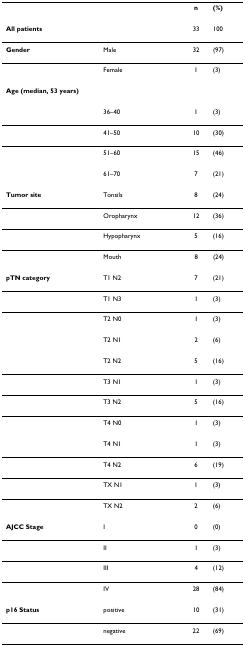
|  |  | n | (%) |
 | --- | --- | --- | --- |
 | All patients |  | 33 | 100 |
 | Gender | Male | 32 | (97) |
 |  | Female | 1 | (3) |
 | <COLSPAN=4> Age (median, 53 years) |
 |  | 36–40 | 1 | (3) |
 |  | 41–50 | 10 | (30) |
 |  | 51–60 | 15 | (46) |
 |  | 61–70 | 7 | (21) |
 | Tumor site | Tonsils | 8 | (24) |
 |  | Oropharynx | 12 | (36) |
 |  | Hypopharynx | 5 | (16) |
 |  | Mouth | 8 | (24) |
 | pTN category | T1 N2 | 7 | (21) |
 |  | T1 N3 | 1 | (3) |
 |  | T2 N0 | 1 | (3) |
 |  | T2 N1 | 2 | (6) |
 |  | T2 N2 | 5 | (16) |
 |  | T3 N1 | 1 | (3) |
 |  | T3 N2 | 5 | (16) |
 |  | T4 N0 | 1 | (3) |
 |  | T4 N1 | 1 | (3) |
 |  | T4 N2 | 6 | (19) |
 |  | TX N1 | 1 | (3) |
 |  | TX N2 | 2 | (6) |
 | AJCC Stage | I | 0 | (0) |
 |  | II | 1 | (3) |
 |  | III | 4 | (12) |
 |  | IV | 28 | (84) |
 | p16 Status | positive | 10 | (31) |
 |  | negative | 22 | (69) |